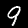
Digit: 9